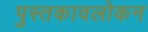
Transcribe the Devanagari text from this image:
पुस्तकावलोकन